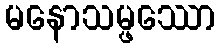
မနောသမ္ဖဿော